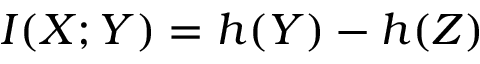
I ( X ; Y ) = h ( Y ) - h ( Z ) \,